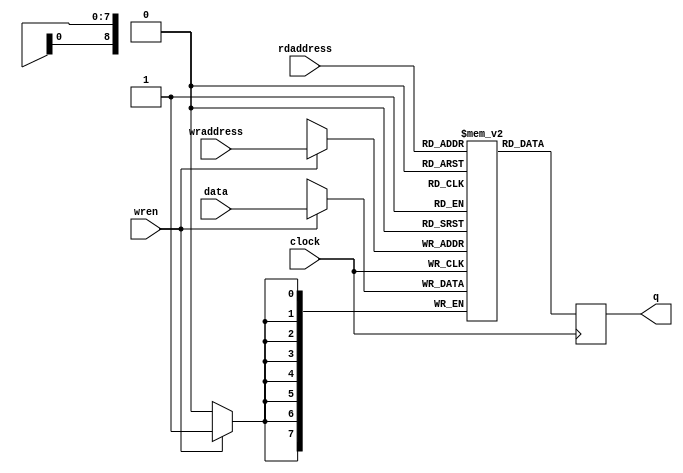
// synopsys translate_off
`timescale 1 ps / 1 ps
// synopsys translate_on

module test (
	input clock,
	input [8:0] wraddress,
	input [7:0] data,
	input wren,
	input [8:0] rdaddress,
	output reg [7:0] q
	);

	reg [7:0] mem [0:511]; 
	
	always @(posedge clock)
		q <= mem[rdaddress];
	
	always @(posedge clock)
	if (wren)
		mem[wraddress] <= data;

endmodule